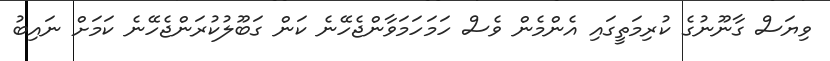
ވިޔަސް ގާނޫނުގެ ކުރިމަތީގައި އެންމެން ވެސް ހަމަހަމަވާންޖެހޭނެ ކަން ގަބޫލުކުރަންޖެހޭނެ ކަމަށް ނައިބު